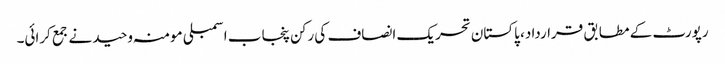
رپورٹ کے مطابق قرارداد، پاکستان تحریک انصاف کی رکن پنجاب اسمبلی مومنہ وحید نے جمع کرائی۔